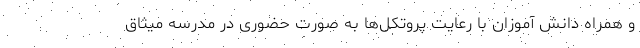
و همراه دانش آموزان با رعایت پروتکل‌ها به صورت حضوری در مدرسه میثاق